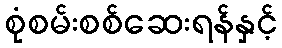
စုံစမ်းစစ်ဆေးရန်နှင့်